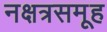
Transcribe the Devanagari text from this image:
नक्षत्रसमूह